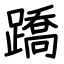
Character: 蹻